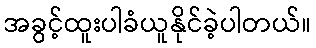
အခွင့်ထူးပါခံယူနိုင်ခဲ့ပါတယ်။